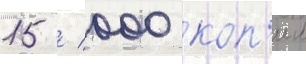
15 / 000 коп'ии